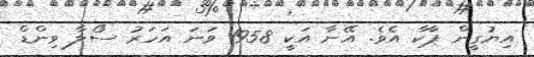
އިޔުގީން ޕާކާ އެވެ. އޭނާ އަކީ 1958 ވަނަ އަހަރު ސޯލާ ވިންޑް